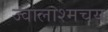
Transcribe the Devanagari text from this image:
ज्वालाश्मचय